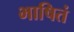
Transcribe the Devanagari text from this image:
भाषितं